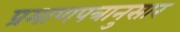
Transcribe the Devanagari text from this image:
प्रमाणपत्रानुसार